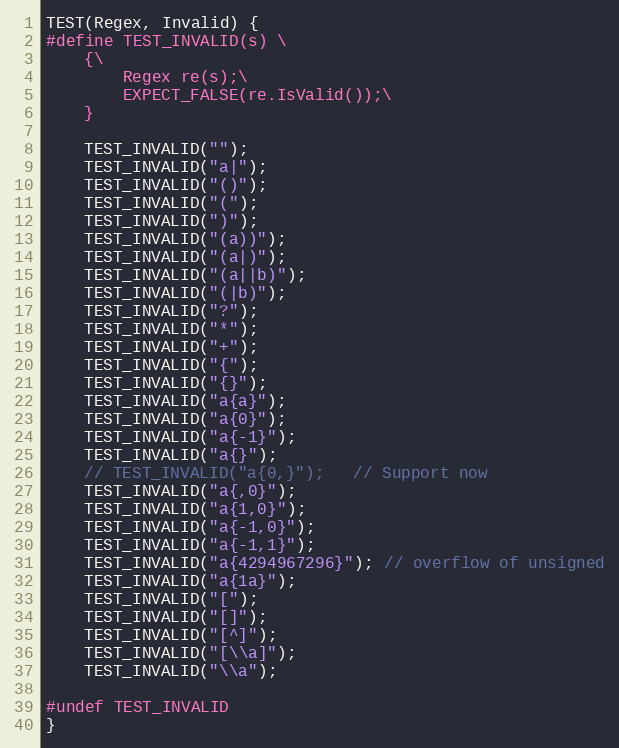
Language: C++
TEST(Regex, Invalid) {
#define TEST_INVALID(s) \
    {\
        Regex re(s);\
        EXPECT_FALSE(re.IsValid());\
    }

    TEST_INVALID("");
    TEST_INVALID("a|");
    TEST_INVALID("()");
    TEST_INVALID("(");
    TEST_INVALID(")");
    TEST_INVALID("(a))");
    TEST_INVALID("(a|)");
    TEST_INVALID("(a||b)");
    TEST_INVALID("(|b)");
    TEST_INVALID("?");
    TEST_INVALID("*");
    TEST_INVALID("+");
    TEST_INVALID("{");
    TEST_INVALID("{}");
    TEST_INVALID("a{a}");
    TEST_INVALID("a{0}");
    TEST_INVALID("a{-1}");
    TEST_INVALID("a{}");
    // TEST_INVALID("a{0,}");   // Support now
    TEST_INVALID("a{,0}");
    TEST_INVALID("a{1,0}");
    TEST_INVALID("a{-1,0}");
    TEST_INVALID("a{-1,1}");
    TEST_INVALID("a{4294967296}"); // overflow of unsigned
    TEST_INVALID("a{1a}");
    TEST_INVALID("[");
    TEST_INVALID("[]");
    TEST_INVALID("[^]");
    TEST_INVALID("[\\a]");
    TEST_INVALID("\\a");

#undef TEST_INVALID
}